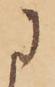
に